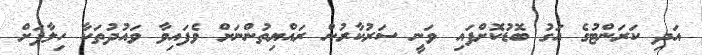
އަދި ކަރަންޓުގެ އަގު ބޮޑުކޮށްފައި ވަނީ ސަރުކާރުން ރައްޔިތުންނަށް ވެފައިވާ ވައުދުތަކާ ހިލާފަށް